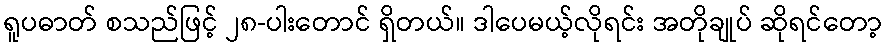
ရူပဓာတ် စသည်ဖြင့် ၂၈-ပါးတောင် ရှိတယ်။ ဒါပေမယ့်လိုရင်း အတိုချုပ် ဆိုရင်တော့